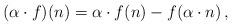
LaTeX: \begin{align*} (\alpha \cdot f) (n) = \alpha \cdot f(n) - f(\alpha \cdot n)\,, \end{align*}